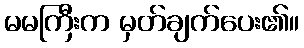
မမကြီးက မှတ်ချက်ပေး၏။